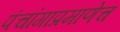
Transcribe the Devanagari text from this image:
पंचांगाप्रमाणेच